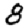
Digit: 8